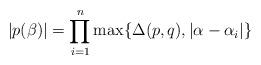
LaTeX: \begin{align*}|p(\beta)|=\prod_{i=1}^n\max\{\Delta(p,q),|\alpha-\alpha_i|\}\end{align*}